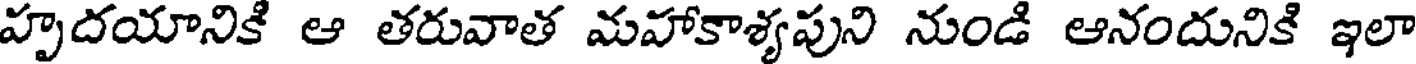
హృదయానికి ఆ తరువాత మహాకాశ్యపుని నుండి ఆనందునికి ఇలా